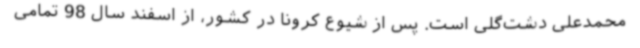
محمدعلی دشت‌گلی است. پس از شیوع کرونا در کشور، از اسفند سال 98 تمامی